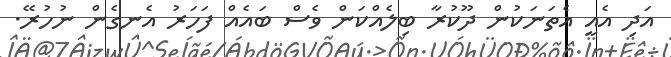
އަދި އެއީ އެތަނަކުން ދޫކުރާ ބިލެއްކަން ވެސް ބައެއް ފަހަރު އެނގެން ނުހުރޭ.